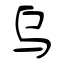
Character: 乌